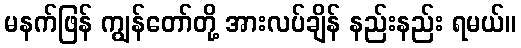
မနက်ဖြန် ကျွန်တော်တို့ အားလပ်ချိန် နည်းနည်း ရမယ်။